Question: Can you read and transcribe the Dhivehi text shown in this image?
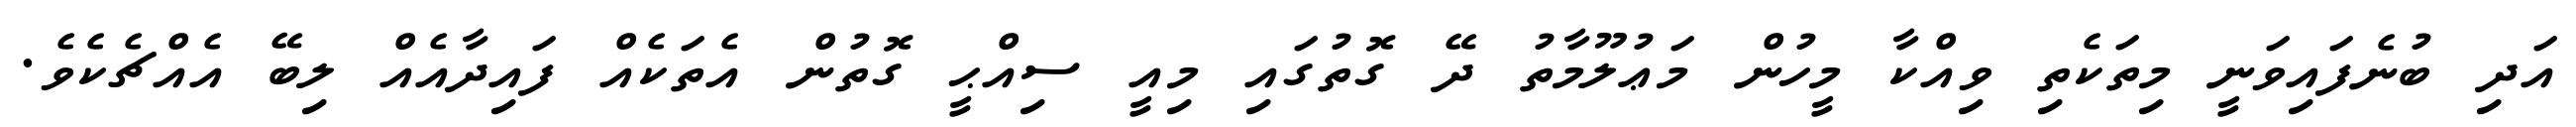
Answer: އަދި ބުނެފައިވަނީ މިތަކެތި ވިއްކާ މީހުން މަޢުލޫމާތު ދޭ ގޮތުގައި މިއީ ސިއްޙީ ގޮތުން އެތަކެއް ފައިދާއެއް ލިބޭ އެއްޗެކެވެ.